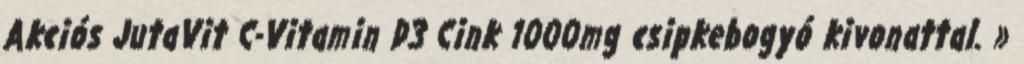
Akciós JutaVit C-Vitamin D3 Cink 1000mg csipkebogyó kivonattal. »